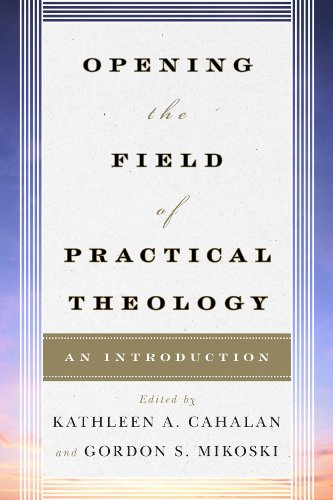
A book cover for Opening the Field of Practical Theology: An Introduction; Christian Books & Bibles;